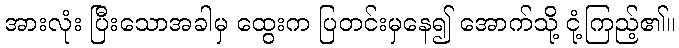
အားလုံး ပြီးသောအခါမှ ထွေးက ပြတင်းမှနေ၍ အောက်သို့ ငုံ့ကြည့်၏။